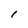
Character: l